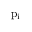
{ \mathrm { p } } _ { \mathrm { i } }